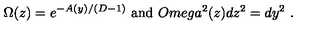
\Omega ( z ) = e ^ { - A ( y ) / ( D - 1 ) } \ \mathrm { a n d } \ O m e g a ^ { 2 } ( z ) d z ^ { 2 } = d y ^ { 2 } \ .